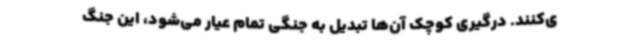
ی‌کنند. درگیری کوچک آن‌ها تبدیل به جنگی تمام عیار می‌شود، این جنگ